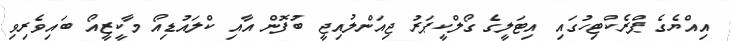
އިއްޔެގެ ޕްރެކްޓިހުގައި އިޓަލީގެ ގޯލްކީޕަރު ޖިއަންލުއިޖީ ބުފޮން އާއި ކްލައުޑިއޯ މާކީޒީއޯ ބައިވެރިވި